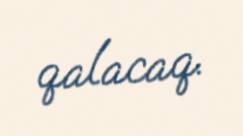
qalacaq.